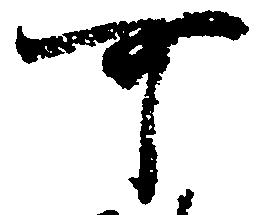
可